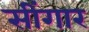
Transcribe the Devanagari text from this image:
सींगार